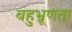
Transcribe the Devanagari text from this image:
बहुभ्रूणता